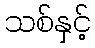
သစ်နှင့်